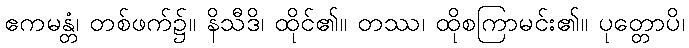
ဧကမန္တံ၊ တစ်ဖက်၌။ နိသီဒိ၊ ထိုင်၏။ တဿ၊ ထိုစကြာမင်း၏။ ပုတ္တောပိ၊